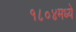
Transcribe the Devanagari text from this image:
१८०४मध्ये